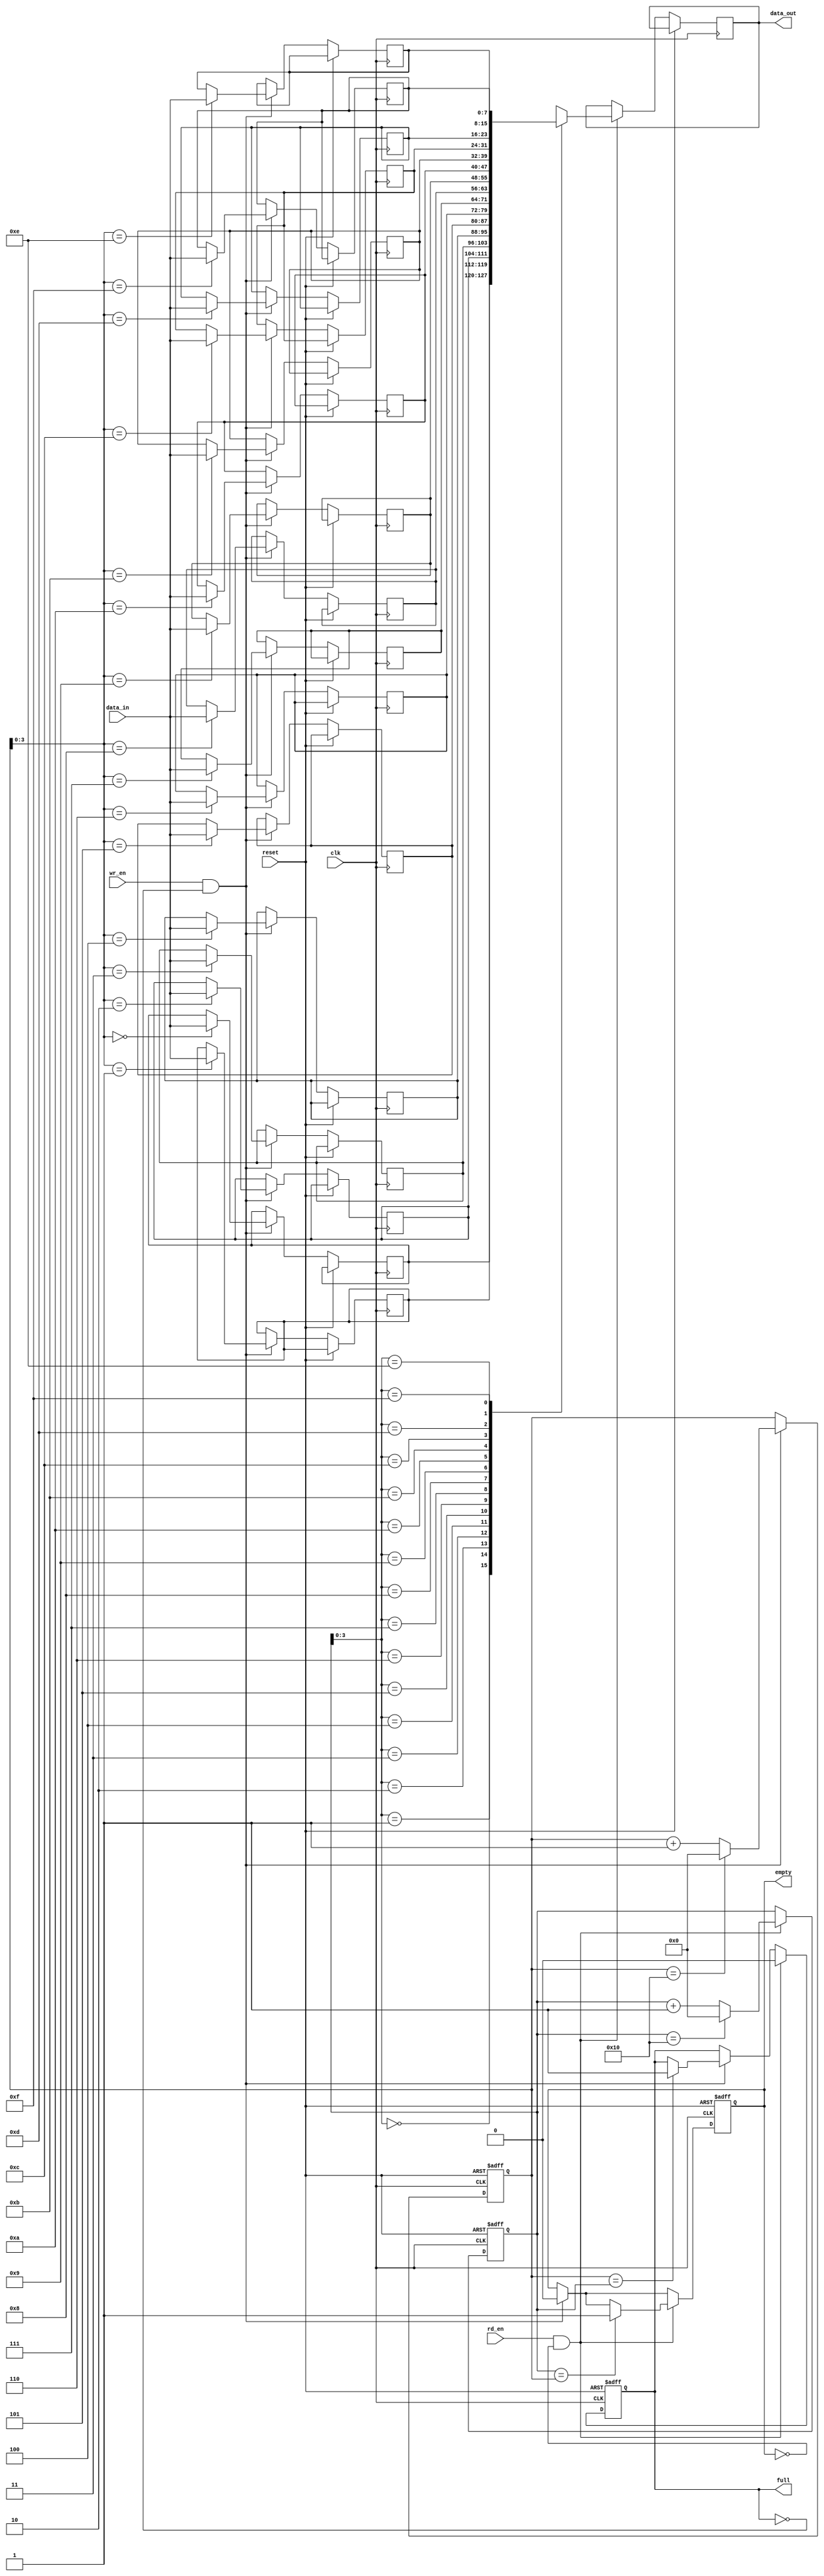
module fifo #
  (
    parameter DATA_WIDTH = 8,
    parameter DEPTH = 16
  )
  (
    input wire clk,
    input wire reset,
    input wire wr_en,
    input wire rd_en,
    input wire [DATA_WIDTH-1:0] data_in,
    output reg [DATA_WIDTH-1:0] data_out,
    output reg full,
    output reg empty
  );

  reg [DATA_WIDTH-1:0] memory [DEPTH-1:0];
  reg [DEPTH-1:0] read_ptr, write_ptr;
  
  always @(posedge clk or posedge reset)
  begin
    if (reset)
    begin
      read_ptr <= 0;
      write_ptr <= 0;
      full <= 0;
      empty <= 1;
    end
    else
    begin
      if (wr_en && ~full)
      begin
        memory[write_ptr] <= data_in;
        write_ptr <= write_ptr + 1;
        if (write_ptr == DEPTH)
          write_ptr <= 0;
        if (write_ptr == read_ptr)
          full <= 1;
        empty <= 0;
      end
      
      if (rd_en && ~empty)
      begin
        data_out <= memory[read_ptr];
        read_ptr <= read_ptr + 1;
        if (read_ptr == DEPTH)
          read_ptr <= 0;
        if (read_ptr == write_ptr)
          empty <= 1;
        full <= 0;
      end
    end
  end

endmodule